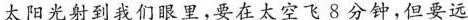
太阳光射到我们眼里，要在太空飞8分钟，但要远